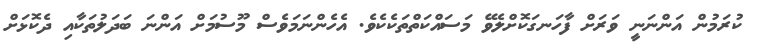
ކުރަމުން އަންނަނީ ވަރަށް ފާހަނގަކޮށްލެވޭ މަސައްކަތްތަކެކެވެ. އެހެންނަމަވެސް މޫސުމަށް އަންނަ ބަދަލުތަކާއި ދެކޮޅަށް